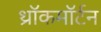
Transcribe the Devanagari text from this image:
थ्रॉकमॉर्टन